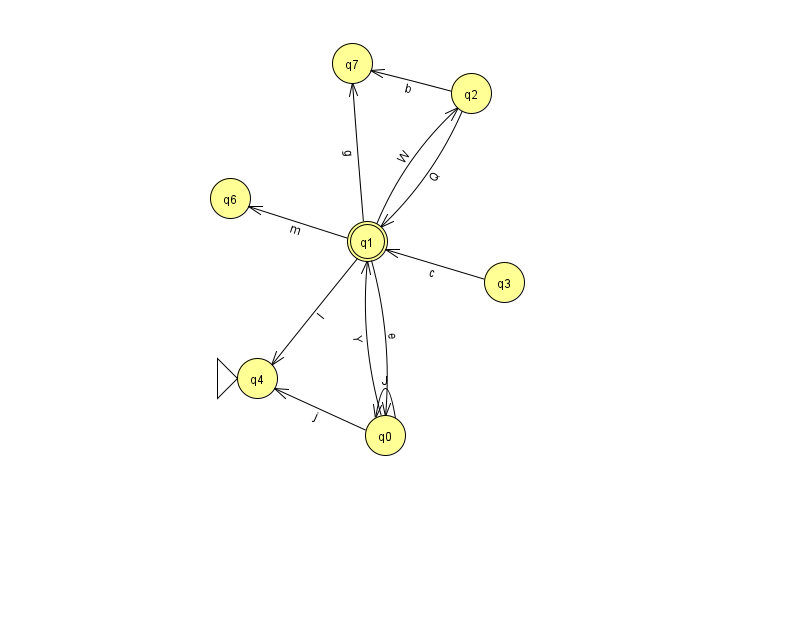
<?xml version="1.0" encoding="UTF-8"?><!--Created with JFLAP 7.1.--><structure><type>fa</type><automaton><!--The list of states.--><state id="0" name="q0"><x>385.0</x><y>422.0</y></state><state id="1" name="q1"><x>367.0</x><y>228.0</y><final/></state><state id="2" name="q2"><x>471.0</x><y>80.0</y></state><state id="3" name="q3"><x>504.0</x><y>269.0</y></state><state id="4" name="q4"><x>257.0</x><y>365.0</y><initial/></state><state id="6" name="q6"><x>230.0</x><y>185.0</y></state><state id="7" name="q7"><x>352.0</x><y>50.0</y></state><!--The list of transitions.--><transition><from>1</from><to>0</to><read>e</read></transition><transition><from>1</from><to>2</to><read>W</read></transition><transition><from>1</from><to>7</to><read>g</read></transition><transition><from>1</from><to>6</to><read>m</read></transition><transition><from>2</from><to>7</to><read>b</read></transition><transition><from>2</from><to>1</to><read>Q</read></transition><transition><from>0</from><to>4</to><read>j</read></transition><transition><from>0</from><to>0</to><read>J</read></transition><transition><from>3</from><to>1</to><read>c</read></transition><transition><from>0</from><to>1</to><read>Y</read></transition><transition><from>1</from><to>4</to><read>I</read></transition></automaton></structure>